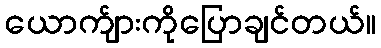
ယောက်ျားကိုပြောချင်တယ်။